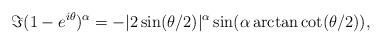
LaTeX: \begin{align*}\Im (1-e^{i\theta})^\alpha=-|2\sin(\theta/2)|^{\alpha}\sin(\alpha \arctan \cot (\theta/2)),\end{align*}